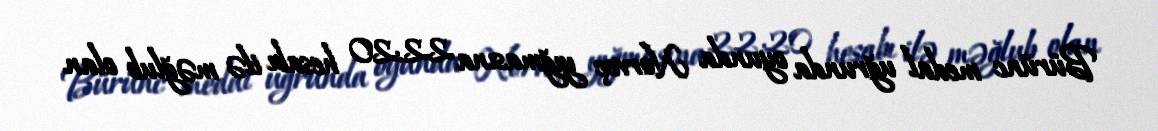
Bürünc medal uğrunda oyunda Norveç yığmasına 22:20 hesabı ilə məğlub olan